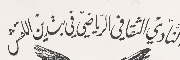
النَادي الثقافي الرياضي في بتدين اللقش